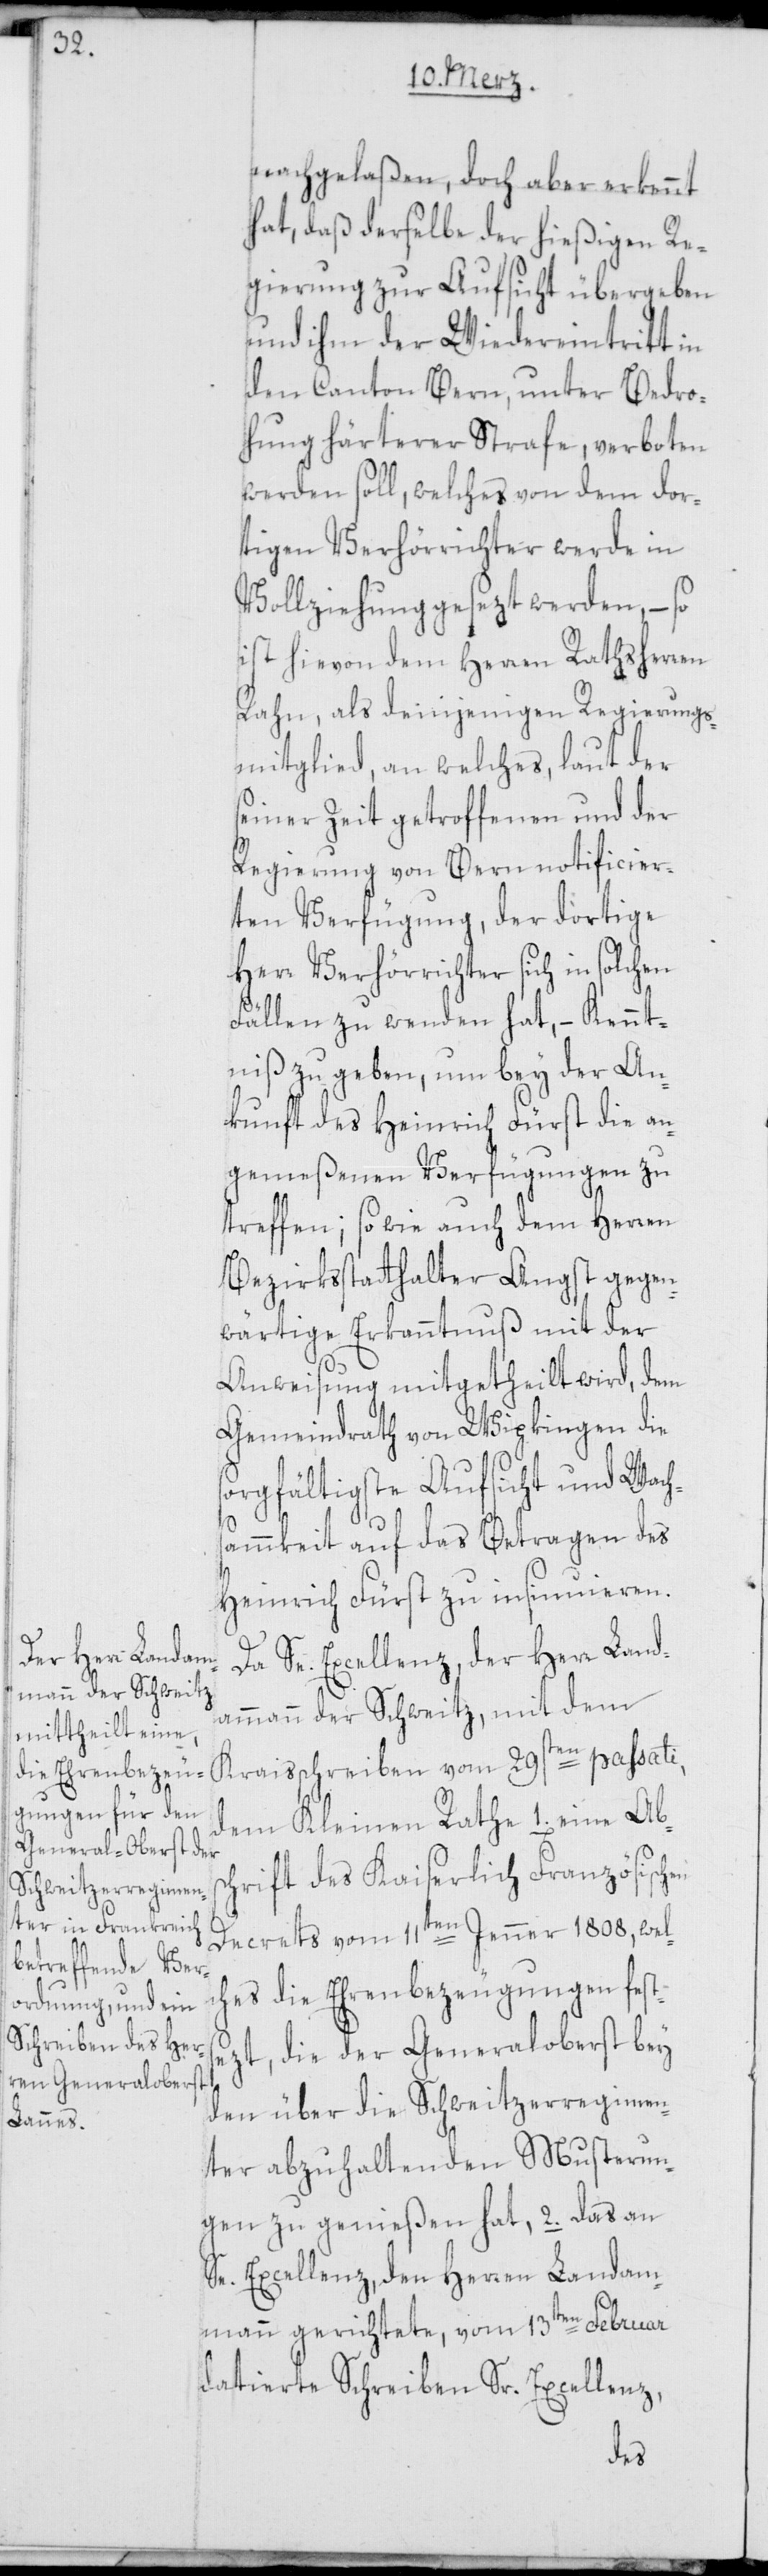
nachgelaßen, doch aber erkennt
hat, daß derselbe der hießigen Re¬
gierung zur Aufsicht übergeben
und ihm der Wiedereintritt in
den Canton Bern, unter Bedro¬
hung härterer Strafe, verboten
werden soll, welches von dem dor¬
tigen Verhörrichter werde in
Vollziehung gesezt werden, – so
ist hievon dem Herren Rathsherren
Rahn, als demjenigen Regierungs¬
mitglied, an welches, laut der
seiner Zeit getroffenen und der
Regierung von Bern notificier¬
ten Verfügung, der dortige
Herr Verhörrichter sich in solchen
Fällen zu wenden hat, – Kennt¬
niß zu geben, um bey der An¬
kunft des Heinrich Fürst die an¬
gemeßenen Verfügungen zu
treffen; so wie auch dem Herren
Bezirksstatthalter Angst gegen¬
wärtige Erkanntnuß mit der
Anweisung mitgetheilt wird, dem
Gemeindrath von Wipkingen die
sorgfältigste Aufsicht und Wachs¬
2.
ammkeit auf das Betragen des
Heinrich Fürst zu insinuieren.
Da Se. Excellenz, der Herr Land¬
ammann der Schweitz, mit dem
Kraisschreiben vom 29sten passati,
chrift des Kaiserlich Französischen
Decrets vom 11ten Jenner 1808, wel¬
ches die Ehrenbezeugungen fest¬
sezt, die der Generaloberst bey
den über die Schweitzerregimen¬
ter abzuhaltenden Musterungen
Se. Excellenz, den Herren Landam¬
mann gerichtete, vom 13ten Februar
datierte Schreiben Sr. Excellenz,
das